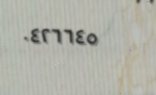
٠٤٢٦٦٤٥